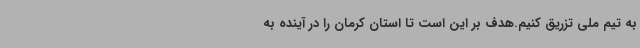
به تیم ملی تزریق کنیم.هدف بر این است تا استان کرمان را در آینده به